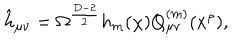
LaTeX: \hat { h } _ { \mu \nu } = \Omega ^ { \frac { D - 2 } { 2 } } h _ { m } ( \chi ) Q _ { \mu \nu } ^ { ( m ) } ( x ^ { \rho } ) ,